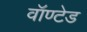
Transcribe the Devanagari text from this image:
वॉण्टेड